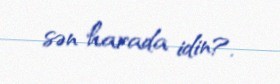
sən harada idin?.